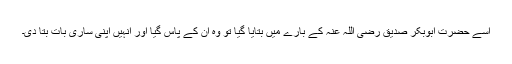
اسے حضرت ابوبکر صدیق رضی اللہ عنہ کے بارے میں بتایا گیا تو وہ ان کے پاس گیا اور انہیں اپنی ساری بات بتا دی۔